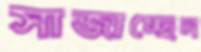
সাজাচ্ছেন